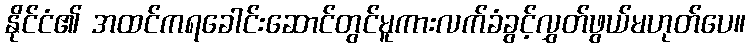
နိုင်ငံ၏ အထင်ကရခေါင်းဆောင်တွင်မူကားလက်ခံခွင့်လွှတ်ဖွယ်မဟုတ်ပေ။